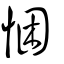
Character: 悃